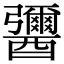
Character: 𨣾